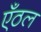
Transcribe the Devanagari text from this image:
एँठल